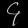
Digit: ၄